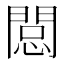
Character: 𨴽